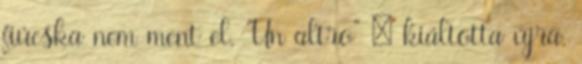
fiúcska nem ment el. "Un altro" – kiáltotta újra.